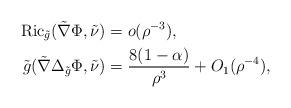
LaTeX: \begin{align*}\mathrm{Ric}_{\tilde{g}}(\tilde{\nabla}\Phi,\tilde{\nu})&=o(\rho^{-3}),\\\tilde{g}(\tilde{\nabla}\Delta_{\tilde{g}}\Phi,\tilde{\nu})&=\frac{8(1-\alpha)}{\rho^3} + O_1(\rho^{-4}),\end{align*}